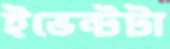
ইভেন্টটা